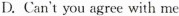
D.Can't you agree with me